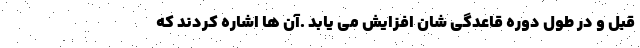
قبل و در طول دوره قاعدگی شان افزایش می یابد .آن ها اشاره کردند که